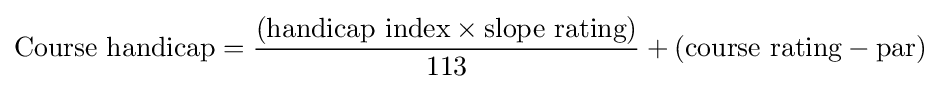
{\mbox{Course handicap}}={\frac {({\mbox{handicap index}}\times {\mbox{slope rating}})}{\mbox{113}}}+({\mbox{course rating}}-{\mbox{par}})